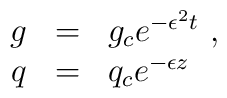
\begin{array}{rcl}  g &=& g_c e^{-\epsilon^2 t}\ , \\  q &=& q_c e^{-\epsilon z} \   \end{array}